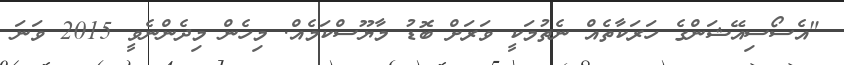
"އެސޯސިއޭޝަންގެ ހަރަކާތެއް ނެތުމަކީ ވަރަށް ބޮޑު މާޔޫސްކަމެއް. މިހެން މިދެންނެވީ 2015 ވަނަ